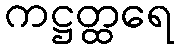
ကဋ္ဌတ္ထရေ